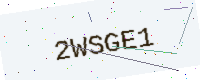
Text: 2WSGE1